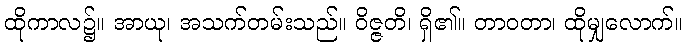
ထိုကာလ၌။ အာယု၊ အသက်တမ်းသည်။ ဝိဇ္ဇတိ၊ ရှိ၏။ တာဝတာ၊ ထိုမျှလောက်။